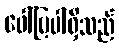
ဖေါ်ပြပါရှိသည်